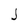
Character: J